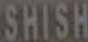
SHISH